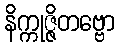
နိက္ကုဇ္ဇိတဗ္ဗော